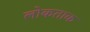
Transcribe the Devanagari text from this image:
लोकताक